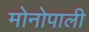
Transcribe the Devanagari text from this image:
मोनोपाली